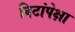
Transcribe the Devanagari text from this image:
विटांपेक्षा